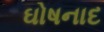
ઘોષનાદ